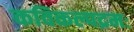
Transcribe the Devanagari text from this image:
कविकल्पद्रमः